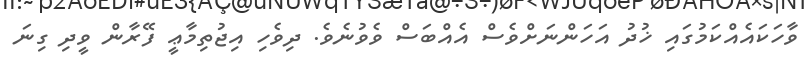
ވާހަކައެއްކަމުގައި ޚުދު އަހަންނަށްވެސް އެއްބަސް ވެވުނެވެ. ދިވެހި އިޖުތިމާޢީ ފޭރާން ވީދި ގިނަ